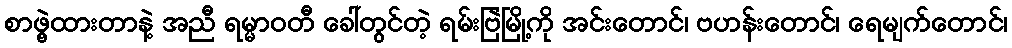
စာဖွဲ့ထားတာနဲ့ အညီ ရမ္မာဝတီ ခေါ်တွင်တဲ့ ရမ်းဗြဲမြို့ကို အင်းတောင်၊ ဗဟန်းတောင်၊ ရေမျက်တောင်၊